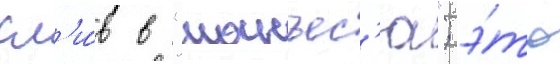
сл'и́в в "манъес'ю"; э́то